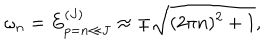
\omega _ { n } = E _ { p = n \ll J } ^ { ( J ) } \approx \pm \sqrt { ( 2 \pi n ) ^ { 2 } + 1 } ,